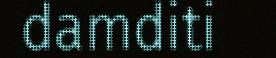
damditi